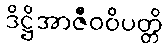
ဒိဋ္ဌိအာဇီဝဝိပတ္တိ